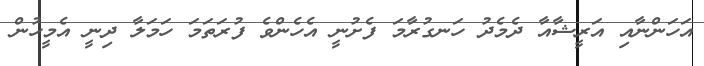
އަހަންނާއި އަރީޝާއާ ދެމެދު ހަނގުރާމަ ފެށުނީ އެހެންވެ ފުރަތަމަ ހަމަލާ ދިނީ އެމީހުން